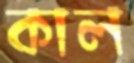
কাল